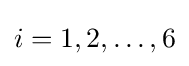
\textstyle i=1,2,\ldots ,6